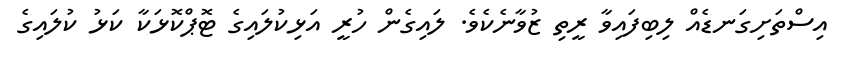
އިސްތަށިގަނޑެއް ލިބިފައިވާ ރީތި ޒުވާނެކެވެ. ލައިގެން ހުރީ އަޅިކުލައިގެ ޓޮޕްކޮޅަކާ ކަޅު ކުލައިގެ